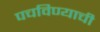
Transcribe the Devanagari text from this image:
पचविण्याची